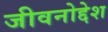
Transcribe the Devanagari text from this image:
जीवनोद्देश